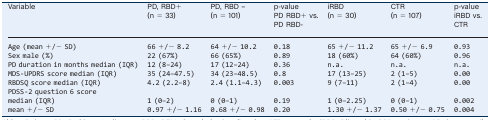
<table><thead><tr><td><b>Variable</b></td><td><b>PD, RBD+(n = 33)</b></td><td><b>PD, RBD –(n = 101)</b></td><td><b>p‐valuePD RBD+ vs.PD RBD‐</b></td><td><b>iRBD(n = 30)</b></td><td><b>CTR(n = 107)</b></td><td><b>p‐valueiRBD vs.CTR</b></td></tr></thead><tbody><tr><td>Age (mean +/− SD)</td><td>66 +/− 8.2</td><td>64 +/− 10.2</td><td>0.18</td><td>65 +/− 11.2</td><td>65 +/− 6.9</td><td>0.93</td></tr><tr><td>Sex male (%)</td><td>22 (67%)</td><td>66 (65%)</td><td>0.89</td><td>18 (60%)</td><td>64 (60%)</td><td>0.96</td></tr><tr><td>PD duration in months median (IQR)</td><td>12 (8–24)</td><td>17 (12–24)</td><td>0.36</td><td>n.a.</td><td>n.a.</td><td>n.a.</td></tr><tr><td>MDS‐UPDRS score median (IQR)</td><td>35 (24–47.5)</td><td>34 (23–48.5)</td><td>0.8</td><td>17 (13–25)</td><td>2 (1–5)</td><td>0.00</td></tr><tr><td>RBDSQ score median (IQR)</td><td>4.2 (2.2–8)</td><td>2.4 (1.1–4.3)</td><td>0.003</td><td>9 (7–11)</td><td>2 (1–4)</td><td>0.00</td></tr><tr><td>PDSS‐2 question 6 scoremedian (IQR)mean +/− SD</td><td>1 (0–2)0.97 +/− 1.16</td><td>0 (0–1)0.68 +/− 0.98</td><td>0.190.20</td><td>1 (0–2.25)1.30 +/− 1.37</td><td>0 (0–1)0.50 +/− 0.75</td><td>0.0020.004</td></tr></tbody></table>